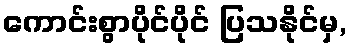
ကောင်းစွာပိုင်ပိုင် ပြသနိုင်မှ,